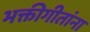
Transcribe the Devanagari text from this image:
भक्तीगीतांना